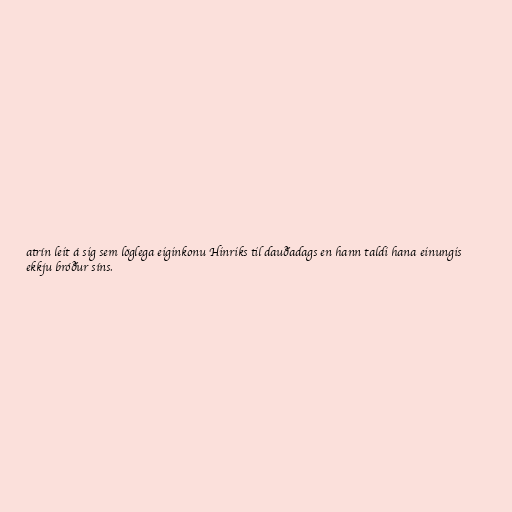
atrín leit á sig sem löglega eiginkonu Hinriks til dauðadags en hann taldi hana einungis
ekkju bróður síns.